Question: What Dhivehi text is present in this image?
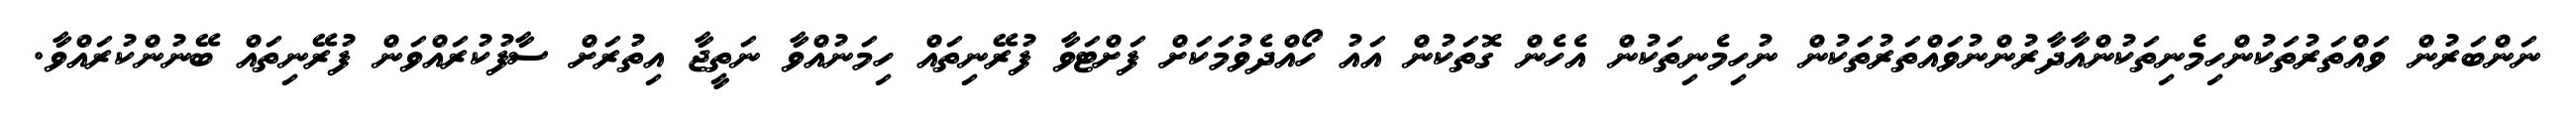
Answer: ނަންބަރުން ވައްތަރުތަކުންހިމެނިތަކުންއާދާރުންނުވައްތަރުތަކުން ނުހިމެނިތަކުން އެހެން ގޮތަކުން އައު ހޯއްދެވުމަކަށް ފަށްޓަވާ ފުރޭނިތައް ހިމަނުއްވާ ނަތީޖާ އިތުރަށް ސާފުކުރައްވަން ފުރޭނިތައް ބޭނުންކުރައްވާ.